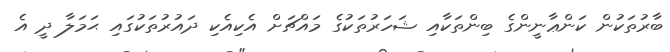
ބާރުތަކުން ކަންޢާނީންގެ ބިންތަކާއި ޝަހަރުތަކުގެ މައްޗަށް އެކިއެކި ދައުރުތަކުގައި ޙަމަލާ ދީ އެ